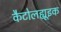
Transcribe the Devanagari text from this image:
कैटोलह्यूइक